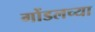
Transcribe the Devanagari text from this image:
गोंडलच्या